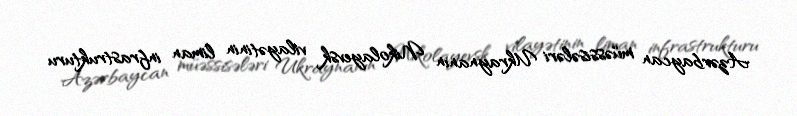
Azərbaycan müəssisələri Ukraynanın Nikolayevsk vilayətinin liman infrastrukturu